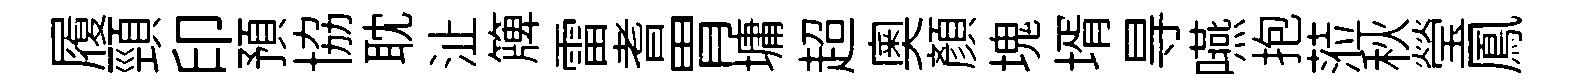
履頸印預協耽沚簰雷耆胃墉超奧顔塊壻㝵嚥抱蒞秋瑩鳳